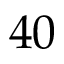
4 0